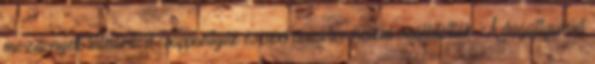
mozdonyok túlhevítőit csappantyúk és szervomotor nélkül szállították. A dugattyúrúd